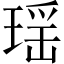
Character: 瑶